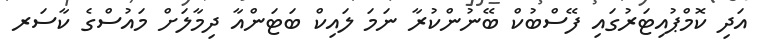
އަދި ކޮމްޕުއިޓަރުގައި ފޭސްބުކް ބޭނުންކުރާ ނަމަ ލައިކް ބަޓަންއާ ދިމާލަށް މައުސްގެ ކާސަރ